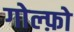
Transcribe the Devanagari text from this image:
गोल्फ़ो